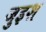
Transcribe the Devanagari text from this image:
जुइश